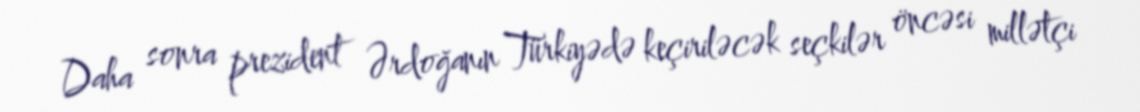
Daha sonra prezident Ərdoğanın Türkiyədə keçiriləcək seçkilər öncəsi millətçi